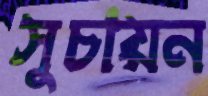
সুচায়ন